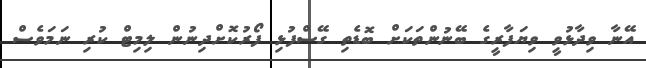
އޭނާ ވިދާޅުވީ ވިޔަފާރީގެ ބޭނުންތަކަށް ބޮޑެތި ގޭސްފުޅި ފޯރުކޮށްދިނުން ލިމިޓް ކުރި ނަމަވެސް